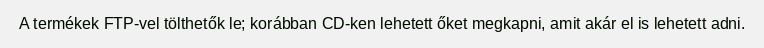
A termékek FTP-vel tölthetők le; korábban CD-ken lehetett őket megkapni, amit akár el is lehetett adni.